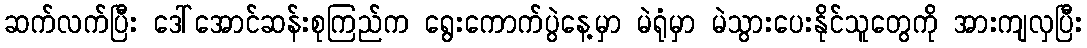
ဆက်လက်ပြီး ဒေါ်အောင်ဆန်းစုကြည်က ရွေးကောက်ပွဲနေ့မှာ မဲရုံမှာ မဲသွားပေးနိုင်သူတွေကို အားကျလှပြီး